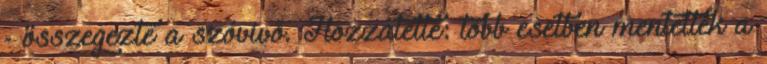
- összegezte a szóvivő. Hozzátette: több esetben mentettek a